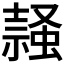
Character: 𧎹